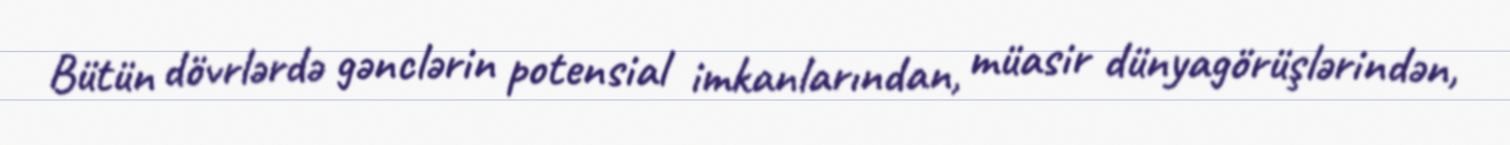
Bütün dövrlərdə gənclərin potensial imkanlarından, müasir dünyagörüşlərindən,